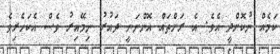
ކަމެއް ނުކޮށްދީ އެވެ. އެ ރަށްތައް އޮންނަނީ ދައުރު ނިމޭއިރު ވެސް އެކަހެރިވެ